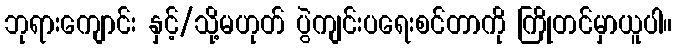
ဘုရားကျောင်း နှင့်/သို့မဟုတ် ပွဲကျင်းပရေးစင်တာကို ကြိုတင်မှာယူပါ။